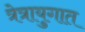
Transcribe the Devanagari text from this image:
त्रेत्रायुगात